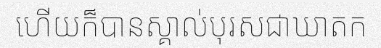
ហើយក៏បានស្គាល់បុរសជាឃាតក